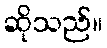
ဆိုသည်။